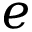
e